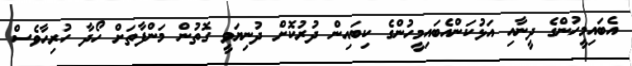
އެބައިމީހުންގެ ދީނާއި އަޅުކަންއެބައިމީހުންގެ ކިބައިން ދުރުކޮށް ދުނިޔަވީ ގޮތުން މަންފާތަށް ހޯދާ ހުރިހާވެސް